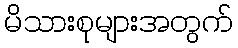
မိသားစုများအတွက်